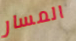
المسار